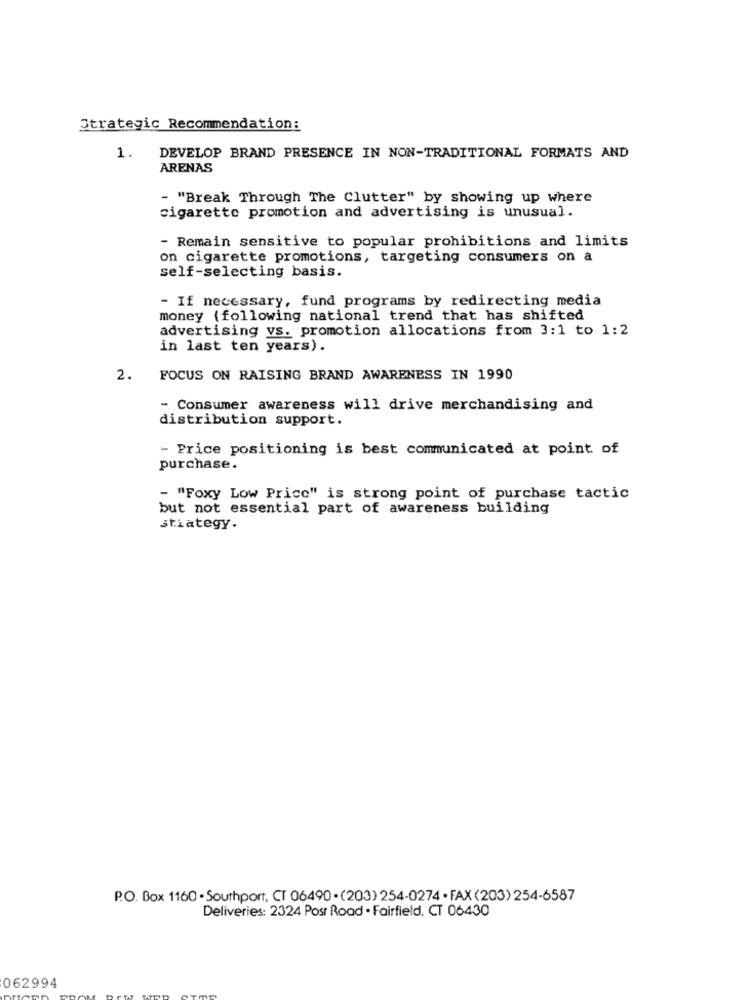
Strategic Recommendation:
1.
DEVELOP BRAND PRESENCE IN NON-TRADITIONAL FORMATS AND
ARENAS
- "Break Through The Clutter" by showing up where
cigarette promotion and advertising is unusual.
- Remain sensitive to popular prohibitions and limits
on cigarette promotions, targeting consumers on a
self-selecting basis.
- If necessary, fund programs by redirecting media
money ( following national trend that has shifted
advertising vs. promotion allocations from 3:1 to 1:2
in last ten years).
2.
FOCUS ON RAISING BRAND AWARENESS IN 1990
- Consumer awareness will drive merchandising and
distribution support.
- Price positioning is best communicated at point of
purchase.
- "Foxy Low Price" is strong point of purchase tactic
but not essential part of awareness building
stiategy.
P.O. Box 1160 - Southport, CT 06490 . (203) 254-0274 · FAX (203)254-6587
Deliveries: 2324 Post Road . Fairfield, CT 06430
062994